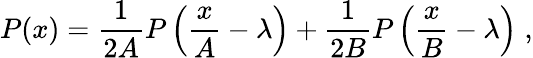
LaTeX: P(x)=\frac{1}{2A}P\left(\frac{x}{A}-\lambda\right)+\frac{1}{2B}P\left(\frac{x}{B}-\lambda\right)\; ,